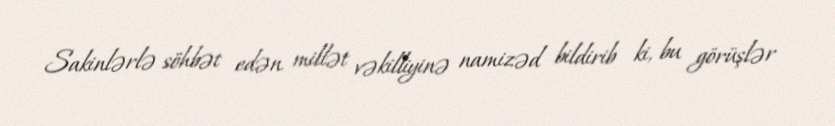
Sakinlərlə söhbət edən millət vəkilliyinə namizəd bildirib ki, bu görüşlər